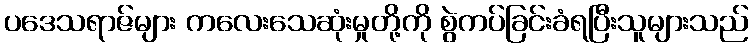
ပဒေသရာဇ်များ ကလေးသေဆုံးမှုတို့ကို စွဲကပ်ခြင်းခံရပြီးသူများသည်